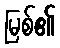
မြစ်၏